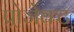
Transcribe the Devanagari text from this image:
प्र्रोजेक्ट